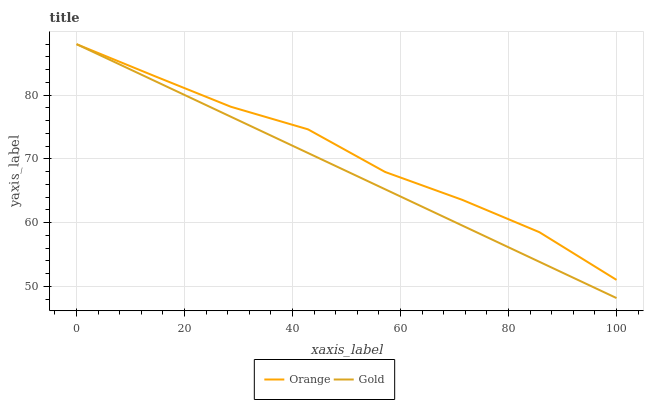
| xaxis_label | Orange | Gold |
 | --- | --- | --- |
 | 0 | 88 | 88 |
 | 14.3 | 83.1 | 82.3 |
 | 28.6 | 78.2 | 76.6 |
 | 42.9 | 74.6 | 70.9 |
 | 57.1 | 68 | 65.2 |
 | 71.4 | 63.6 | 59.6 |
 | 85.7 | 58.5 | 53.9 |
 | 100 | 51 | 48.2 |